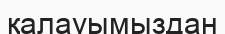
қалауымыздан